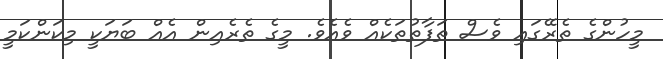
މީހުންގެ ތެރޭގައި ވެސް ތަފާތުތަކެއް ވެއެވެ. މީގެ ތެރެއިން އެއް ބަޔަކީ މިކަންކަމީ